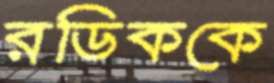
রডিককে